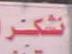
نشكتر